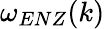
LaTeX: \omega_{ENZ}(k)